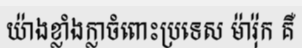
យ៉ាងខ្លាំងក្លាចំពោះប្រទេស ម៉ារ៉ុក គឺ